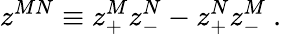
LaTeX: z^{MN}\equiv z_{+}^{M}z_{-}^{N}-z_{+}^{N}z_{-}^{M}\ .